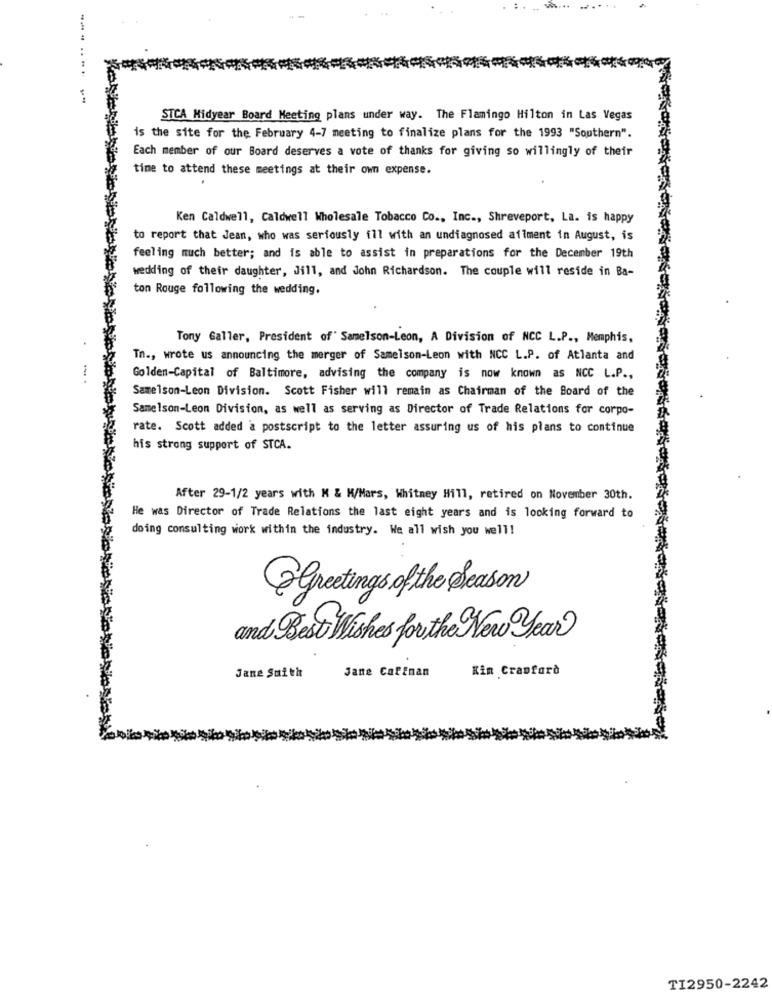
. w ....
......
.
....
STCA Midyear Board Meeting plans under way. The Flamingo Hilton in Las Vegas
is the site for the February 4-7 meeting to finalize plans for the 1993 "Southern".
Each member of our Board deserves a vote of thanks for giving so willingly of their
time to attend these meetings at their own expense.
Ken Caldwell, Caldwell Wholesale Tobacco Co ., Inc ., Shreveport, La. is happy
to report that Jean, who was seriously ill with an undiagnosed ailment in August, is
feeling much better; and is able to assist in preparations for the December 19th
wedding of their daughter, Jill, and John Richardson. The couple will reside in Ba-
ton Rouge following the wedding.
Tony Galler, President of' Samelson-Leon, A Division of NCC L.P ., Memphis,
Tn ., wrote us announcing the merger of Samelsom-Leon with NCC L.P. of Atlanta and
Golden-Capital of Baltimore, advising the company is now known as NCC L.P .,
Samelson-Leon Division. Scott Fisher will remain as Chairman of the Board of the
Samelson-Leon Division, as well as serving as Director of Trade Relations for corpo-
rate. Scott added a postscript to the letter assuring us of his plans to continue
his strong support of STCA.
After 29-1/2 years with M & M/Mars, Whitney Hill, retired on November 30th.
He was Director of Trade Relations the last eight years and is looking forward to
doing consulting work within the industry. We all wish you well!
Greetings of the Season
and Best Wishes for the New Year
Jane Cofinan
Kin Crawford
Jane Smith
TI2950-2242